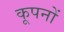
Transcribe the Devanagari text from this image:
कूपनों